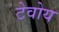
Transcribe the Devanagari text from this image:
टेवोय